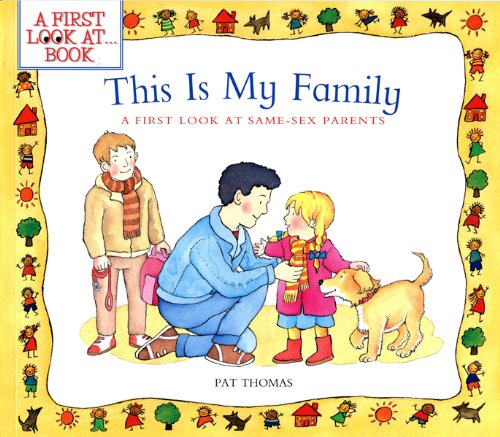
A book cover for This is My Family: A First Look at Same-Sex Parents (A First Look at...Series); Pat Thomas; Gay & Lesbian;